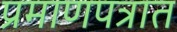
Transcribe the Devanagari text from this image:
प्रमाणपत्रात